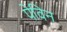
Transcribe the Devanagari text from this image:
पेविन